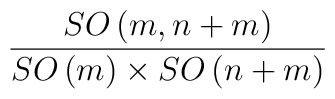
\frac{SO\left( m,n+m\right) }{SO\left( m\right) \times SO\left( n+m\right) }